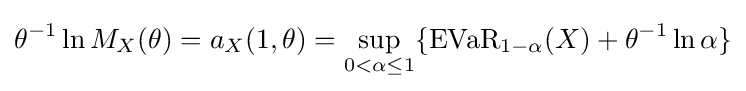
\theta ^{-1}\ln M_{X}(\theta )=a_{X}(1,\theta )=\sup _{0<\alpha \leq 1}\{{\text{EVaR}}_{1-\alpha }(X)+\theta ^{-1}\ln \alpha \}